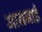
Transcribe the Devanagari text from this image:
आसमाई